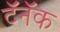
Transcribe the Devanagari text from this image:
टॅनॅक